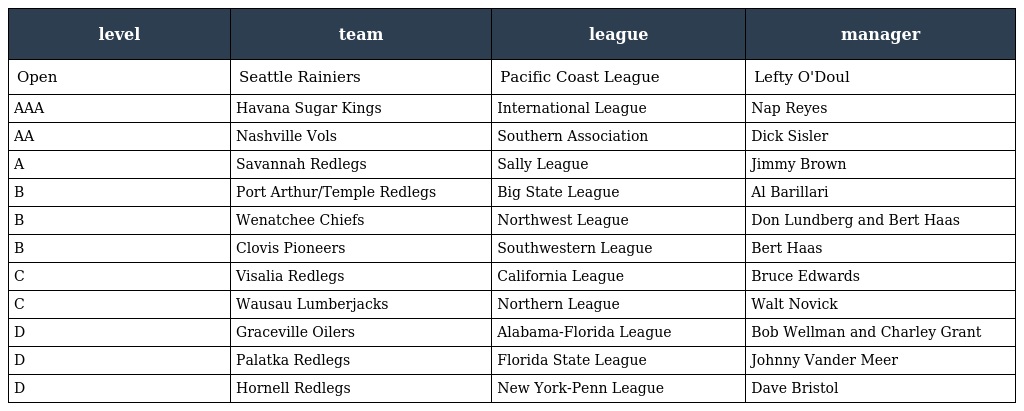
| level | team | league | manager |
 | --- | --- | --- | --- |
 | Open | Seattle Rainiers | Pacific Coast League | Lefty O'Doul |
 | AAA | Havana Sugar Kings | International League | Nap Reyes |
 | AA | Nashville Vols | Southern Association | Dick Sisler |
 | A | Savannah Redlegs | Sally League | Jimmy Brown |
 | B | Port Arthur/Temple Redlegs | Big State League | Al Barillari |
 | B | Wenatchee Chiefs | Northwest League | Don Lundberg and Bert Haas |
 | B | Clovis Pioneers | Southwestern League | Bert Haas |
 | C | Visalia Redlegs | California League | Bruce Edwards |
 | C | Wausau Lumberjacks | Northern League | Walt Novick |
 | D | Graceville Oilers | Alabama-Florida League | Bob Wellman and Charley Grant |
 | D | Palatka Redlegs | Florida State League | Johnny Vander Meer |
 | D | Hornell Redlegs | New York-Penn League | Dave Bristol |